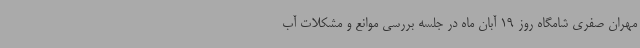
مهران صفری شامگاه روز 19 آبان ماه در جلسه بررسی موانع و مشکلات آب